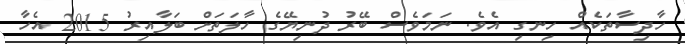
ހާދިސާތަކެއް ހިނގި އެވެ. ނަމަވެސް ބޭރު ދުނިޔޭގެ ހާލަތަށް ބަލާއިރު 2015 އެހާ